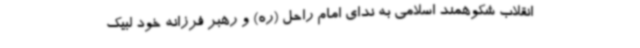
انقلاب شکوهمند اسلامی به ندای امام راحل (ره) و رهبر فرزانه خود لبیک